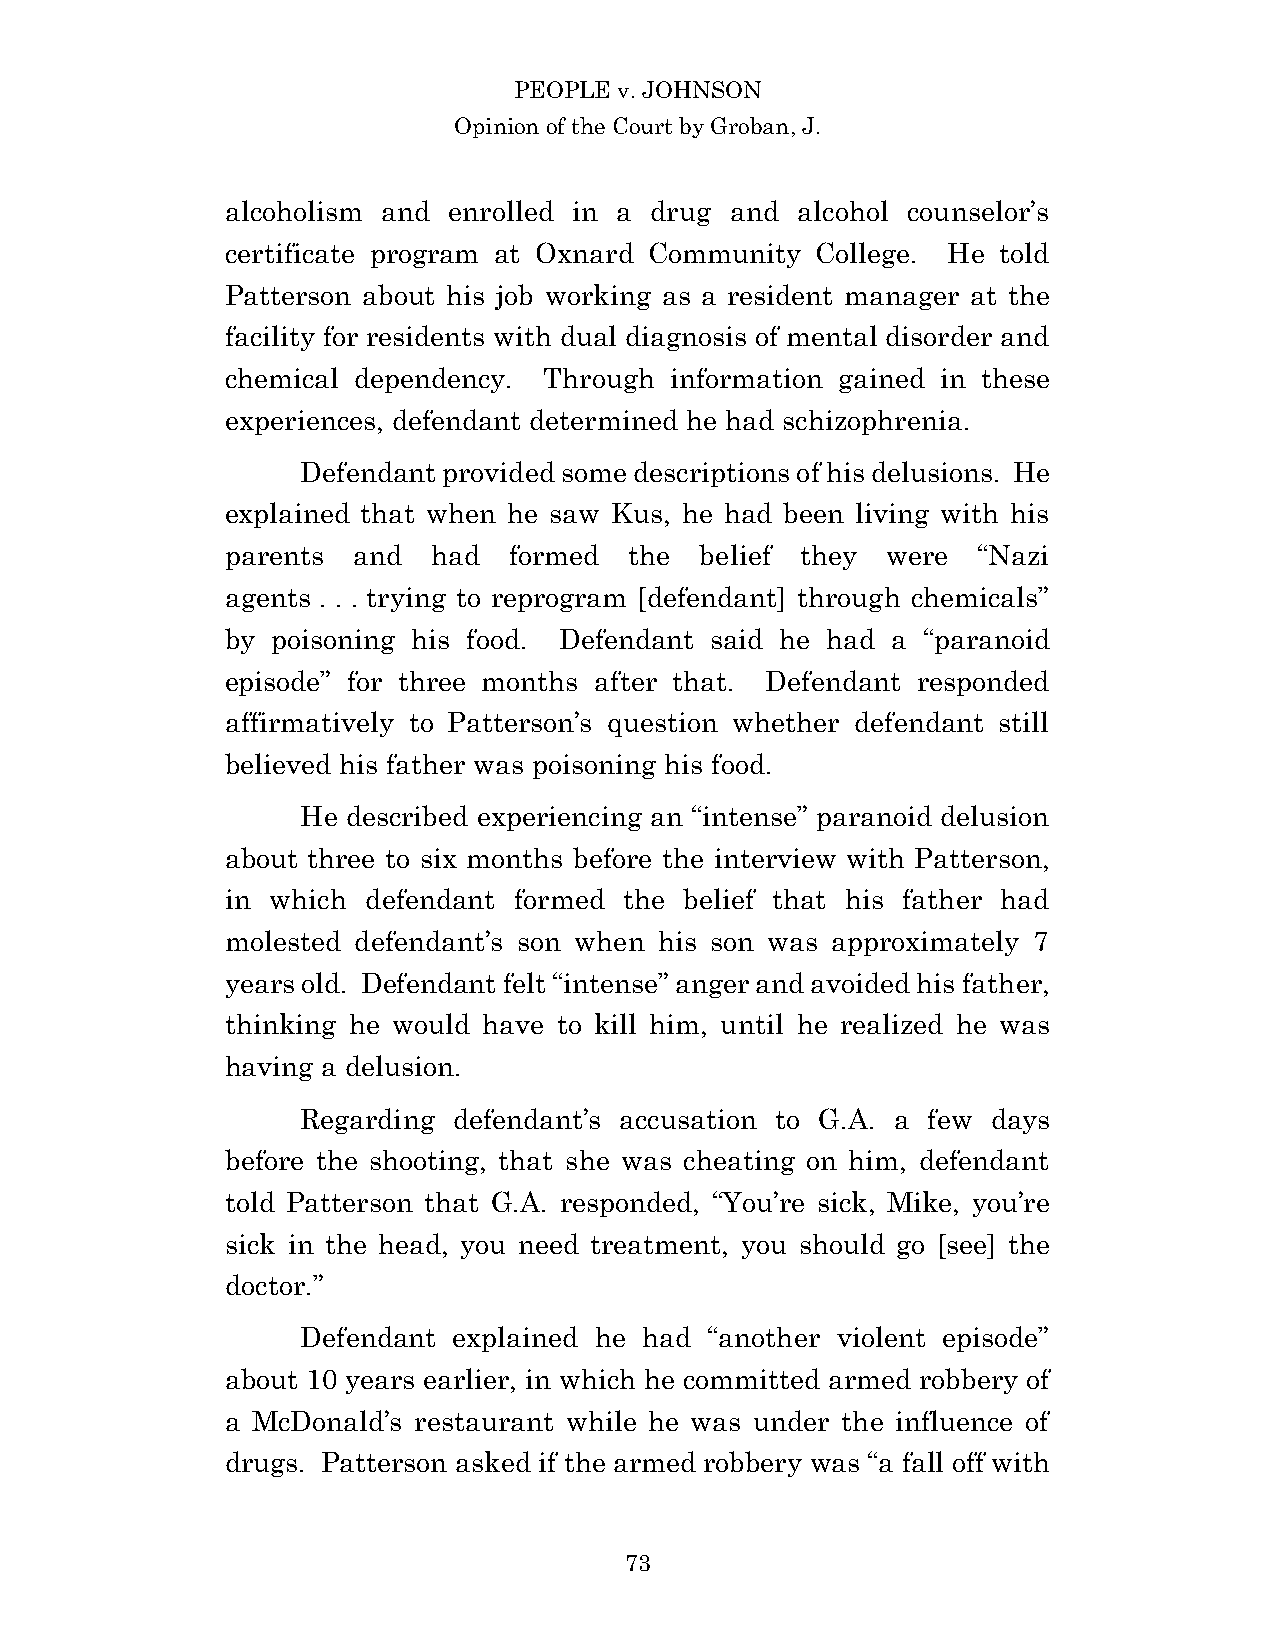
PEOPLE v. JOHNSON
 Opinion of the Court by Groban, J.
 alcoholism and enrolled in a drug and alcohol counselor’s
 certificate program at Oxnard Community College. He told
 Patterson about his job working as a resident manager at the
 facility for residents with dual diagnosis of mental disorder and
 chemical dependency. Through information gained in these
 experiences, defendant determined he had schizophrenia.
 Defendant provided some descriptions of his delusions. He
 explained that when he saw Kus, he had been living with his
 parents and   had  formed  the belief they  were  “Nazi
 agents . . . trying to reprogram [defendant] through chemicals”
 by poisoning his food. Defendant said he had a “paranoid
 episode” for three months after that. Defendant responded
 affirmatively to Patterson’s question whether defendant still
 believed his father was poisoning his food.
 He described experiencing an “intense” paranoid delusion
 about three to six months before the interview with Patterson,
 in which defendant formed the belief that his father had
 molested defendant’s son when his son was approximately 7
 years old. Defendant felt “intense” anger and avoided his father,
 thinking he would have to kill him, until he realized he was
 having a delusion.
 Regarding defendant’s accusation to G.A. a few days
 before the shooting, that she was cheating on him, defendant
 told Patterson that G.A. responded, “You’re sick, Mike, you’re
 sick in the head, you need treatment, you should go [see] the
 doctor.”
 Defendant explained he had “another violent episode”
 about 10 years earlier, in which he committed armed robbery of
 a McDonald’s restaurant while he was under the influence of
 drugs. Patterson asked if the armed robbery was “a fall off with
 7 3